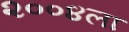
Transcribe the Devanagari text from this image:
२००४ला